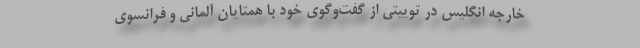
خارجه انگلیس در توییتی از گفت‌وگوی خود با همتایان آلمانی و فرانسوی